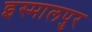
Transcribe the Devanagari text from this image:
इस्मालपुर